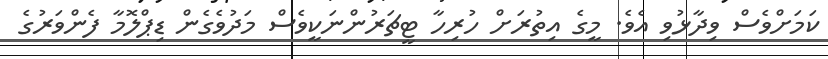
ކަމަށްވެސް ވިދާޅުވި އެވެ. މީގެ އިތުރަށް ހުރިހާ ޓީޗަރުންނަކީވެސް މަދުވެގެން ޑިޕްލޮމާ ފެންވަރުގެ